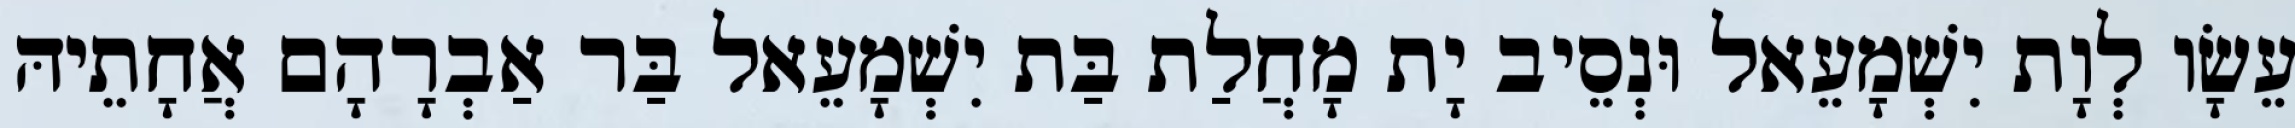
עֵשָׂו לְוָת יִשְׁמָעֵאל וּנְסֵיב יָת מָחֲלַת בַּת יִשְׁמָעֵאל בַּר אַבְרָהָם אֲחָתֵיהּ